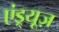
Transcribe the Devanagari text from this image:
एंड्र्यूज़